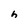
Character: h